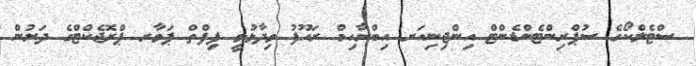
ސްޓެލްކޯގެ ސުޕްރިންޓެންޑެންޓް އިންޖިނިއަރ އިބްރާހިމް ރައޫފު ވިދާޅުވީ ފިފްތް ޕަވާރ ޕްރޮޖެކްޓްގެ ދަށުން